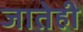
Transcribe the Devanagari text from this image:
जातेही